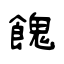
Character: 餽